Leaving Certificate Examination (including Day School Certificate (Higher) General paper), 1937
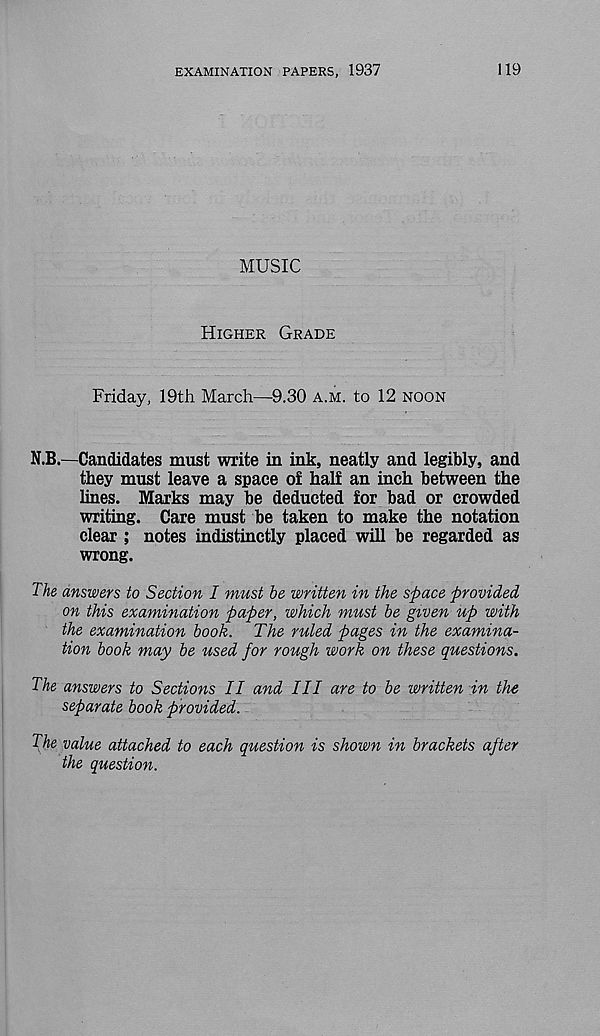
EXAMINATION PAPERS, 1937
119
MUSIC
Higher Grade
Friday, 19th March—9.30 a.m. to 12 noon
N.B.—Candidates must write in ink, neatly and legibly, and
they must leave a space o£ half an inch between the
lines. Marks may be deducted for bad or crowded
writing. Care must be taken to make the notation
clear ; notes indistinctly placed will be regarded as
wrong.
The answers to Section I must he written in the space provided
on this examination paper, which must be given up with
the examination book. The ruled pages in the examina-
tion book may be used for rough work on these questions.
The answers to Sections II and III are to be written in the
separate book provided.
The value attached to each question is shown in brackets after
the question.